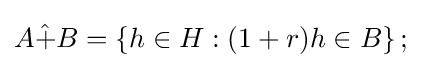
A{\hat {+}}B=\left\{h\in H:(1+r)h\in B\right\};